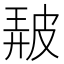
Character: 𤿰